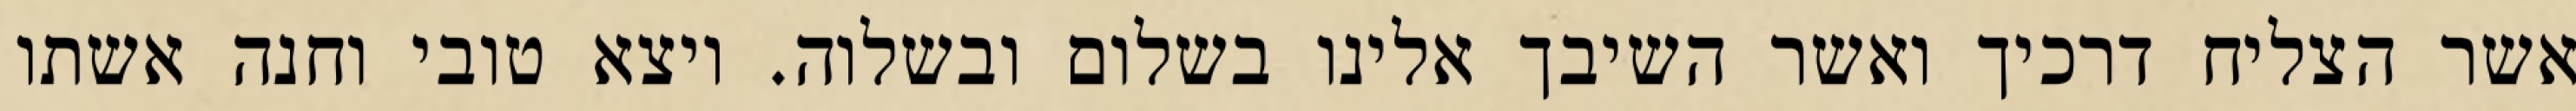
אשר הצליח דרכיך ואשר השיבך אלינו בשלום ובשלוה. ויצא טובי וחנה אשתו